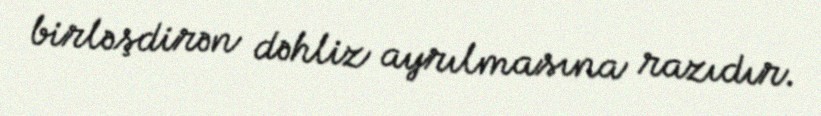
birləşdirən dəhliz ayrılmasına razıdır.